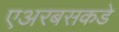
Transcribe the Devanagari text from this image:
एअरबसकडे